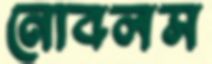
নোবলস